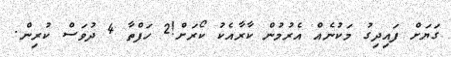
ގަޔަށް ފައިދިގު މަކުނެއް އެރުމުން ކާރާއެކު ކޯރަށް!2 ހަފްތާ 4 ދުވަސް ކުރިން.